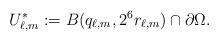
LaTeX: \begin{align*} U^*_{\ell,m}:=B(q_{\ell,m}, 2^{6}r_{\ell,m})\cap\partial\Omega.\end{align*}